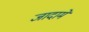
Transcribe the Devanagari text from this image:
जादामे